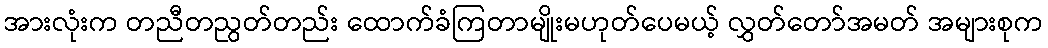
အားလုံးက တညီတညွတ်တည်း ထောက်ခံကြတာမျိုးမဟုတ်ပေမယ့် လွှတ်တော်အမတ် အများစုက